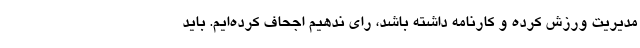
مدیریت ورزش کرده و کارنامه داشته باشد، رای ندهیم اجحاف کرده‌ایم. باید